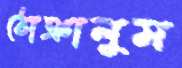
ঠোক্‌রালুম